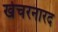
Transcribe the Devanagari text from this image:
खेचरनारद